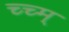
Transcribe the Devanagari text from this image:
च्च्म्